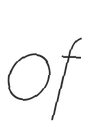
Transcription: of